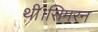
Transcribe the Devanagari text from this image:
थी।सिमरन